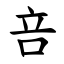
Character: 咅